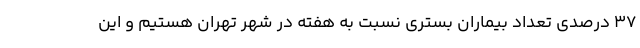
۳۷ درصدی تعداد بیماران بستری‌ نسبت به هفته در شهر تهران هستیم و این